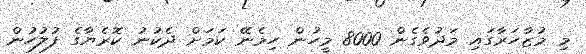
މި މުޒާހަރާގައި މަދުވެގެން 8000 މީހުން ހިމެނޭ ކަމަށް ދެކުނު ކޮރެޔާގެ ފުލުހުން